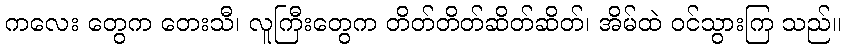
ကလေး တွေက တေးသီ၊ လူကြီးတွေက တိတ်တိတ်ဆိတ်ဆိတ်၊ အိမ်ထဲ ဝင်သွားကြ သည်။